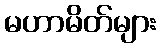
မဟာမိတ်များ